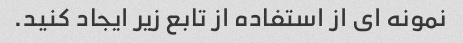
نمونه ای از استفاده از تابع زیر ایجاد کنید.